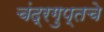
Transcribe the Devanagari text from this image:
चंद्रगुप्तचे